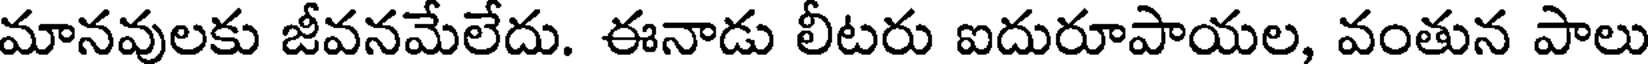
మానవులకు జీవనమేలేదు. ఈనాడు లీటరు ఐదురూపాయల, వంతున పాలు